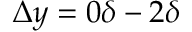
\Delta y = 0 \delta - 2 \delta